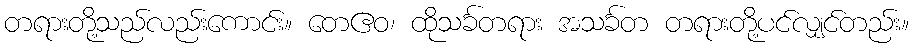
တရားတို့သည်လည်းကောင်း။ တေဧဝ၊ ထိုသင်္ခတရား အသင်္ခတ တရားတို့ပင်လျှင်တည်း။